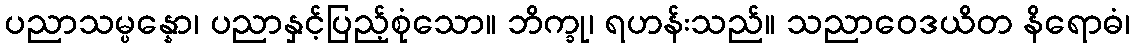
ပညာသမ္ပန္နော၊ ပညာနှင့်ပြည့်စုံသော။ ဘိက္ခု၊ ရဟန်းသည်။ သညာဝေဒယိတ နိရောဓံ၊